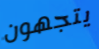
يتجهون